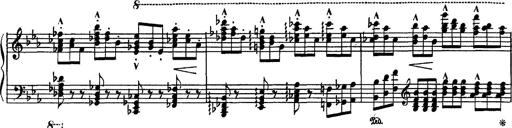
Title: Fantaisie sur des motifs favoris de l'opÃ©ra 'La sonnambula'
Composer: Franz Liszt